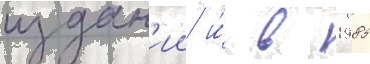
издан'ии и́ в 1985